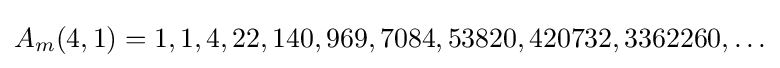
A_{m}(4,1)=1,1,4,22,140,969,7084,53820,420732,3362260,\ldots